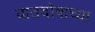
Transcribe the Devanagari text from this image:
वातदोषाच्या